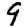
Digit: 9